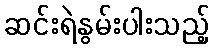
ဆင်းရဲနွမ်းပါးသည့်